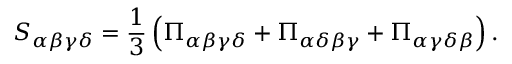
S _ { \alpha \beta \gamma \delta } = \frac { 1 } { 3 } \left( \Pi _ { \alpha \beta \gamma \delta } + \Pi _ { \alpha \delta \beta \gamma } + \Pi _ { \alpha \gamma \delta \beta } \right) .